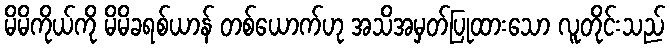
မိမိကိုယ်ကို မိမိခရစ်ယာန် တစ်ယောက်ဟု အသိအမှတ်ပြုထားသော လူတိုင်းသည်